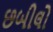
છબીલો